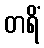
တရိံ